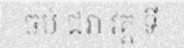
ចប់ ជរា វគ្គ ទី